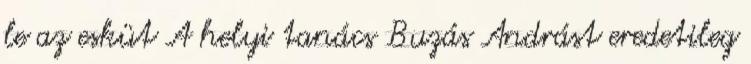
le az esküt A helyi tanács Buzás Andrást eredetileg